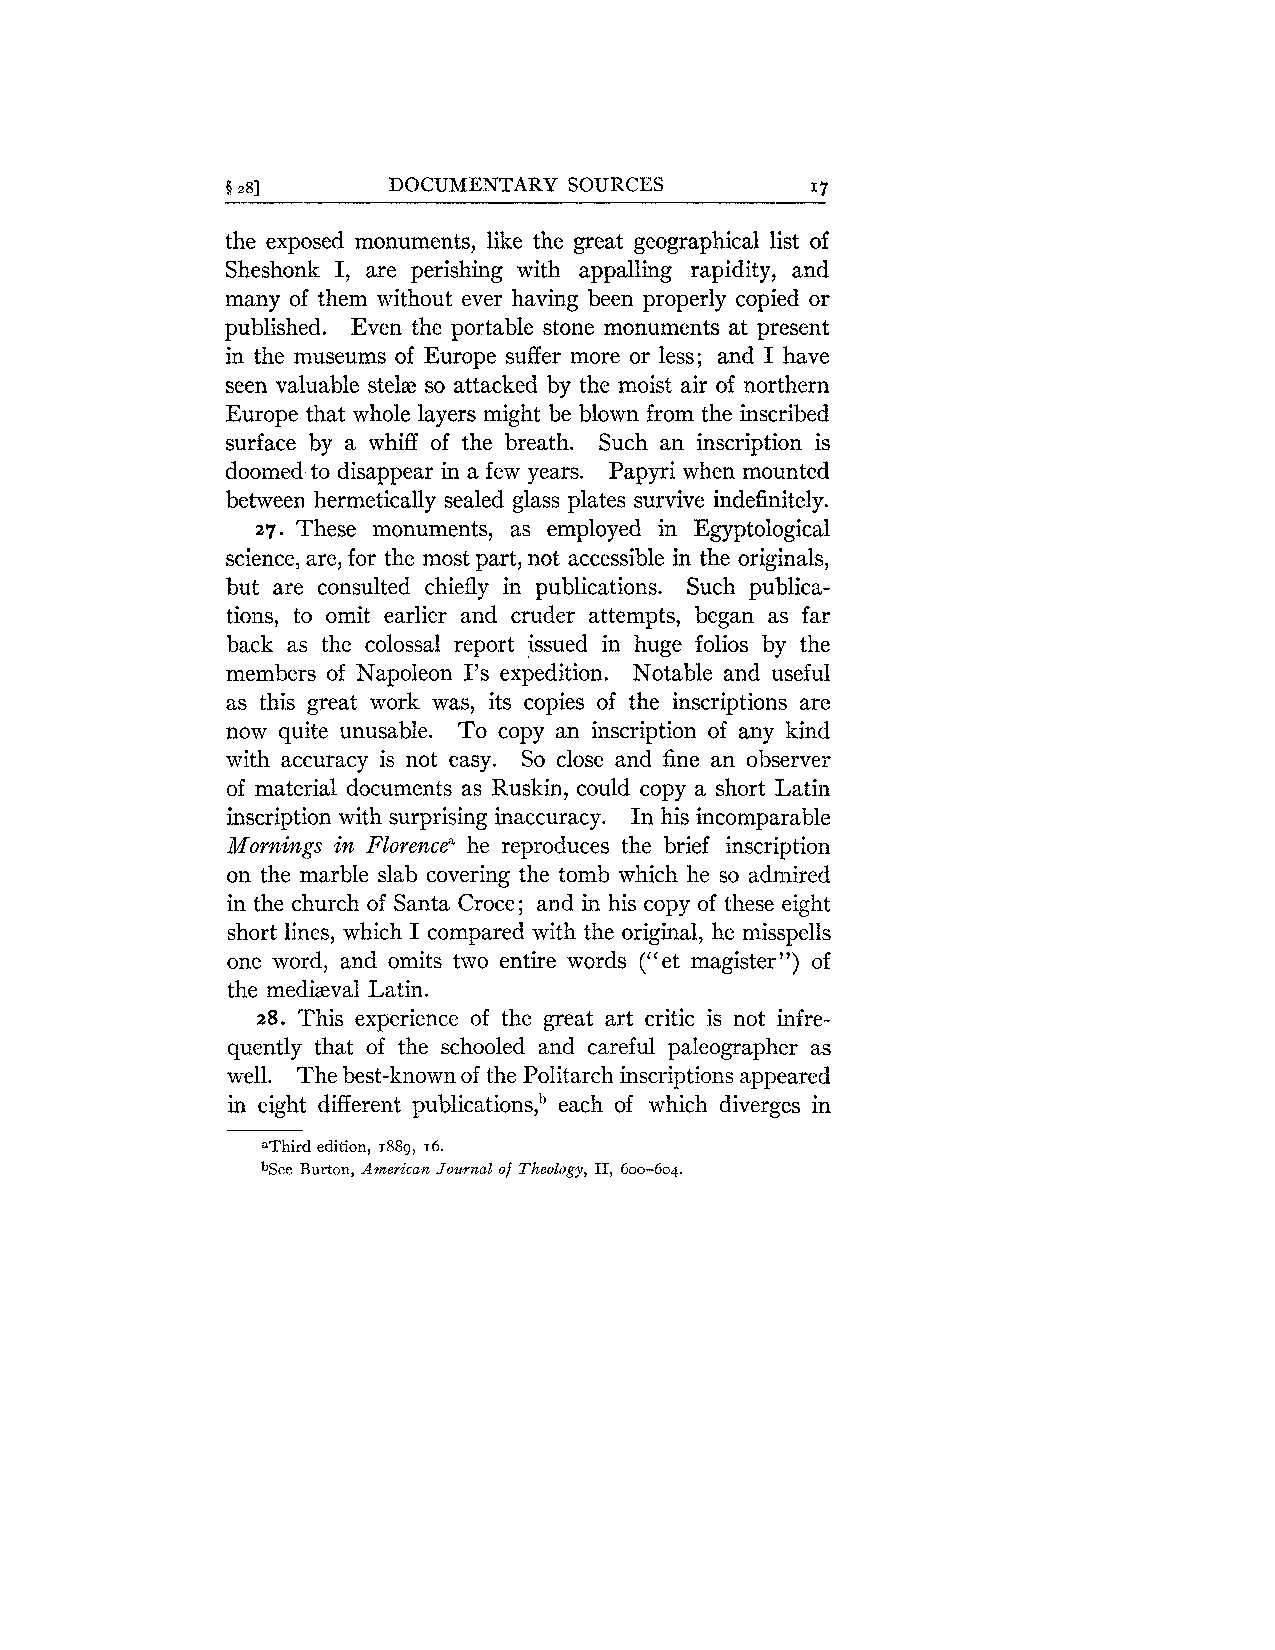
§ 283      DOCUMENTARY SOURCES         I7
 the exposed monuments, like the great geographical list of
 Sheshonk I, are perishing with appalling rapidity, and
 many of them without ever having been properly copied or
 published. Even the portable stone monuments at present
 in the museums of Europe suffer more or less; and I have
 seen valuable stelz so attacked by the moist air of northern
 Europe that whole layers might be blown from the inscribed
 surface by a whiff of the breath. Such an inscription is
 doomed to disappear in a few years. Papyri when mounted
 between hermetically sealed glass plates survive indefinitely.
 27. These monuments, as employed in Egyptological
 science, are, for the most part, not accessible in the originals,
 but are consulted chiefly in publications. Such publica-
 tions, to omit earlier and cruder attempts, began as far
 back as the colossal report issued in huge folios by the
 members of Napoleon 1's expedition. Notable and useful
 as this great work was, its copies of the inscriptions are
 now quite unusable. To copy an inscription of any kind
 with accuracy is not easy. So close and fine an observer
 of material documents as Ruskin, could copy a short Latin
 inscription with surprising inaccuracy. In his incomparable
 Mornings in Florencea he reproduces the brief inscription
 on the marble slab covering the tomb which he so admired
 in the church of Santa Croce; and in his copy of these eight
 short lines, which I compared with the original, he misspells
 one word, and omits two entire words ("et magister") of
 the medizeval Latin.
 28. This experience of the great art critic is not infre-
 quently that of the schooled and careful paleographer as
 well. The best-known of the Politarch inscriptions appeared
 in eight different publications,b each of which diverges in
 aThird edition, 1889, 16.
 bSee Burton, American Journal of Theology, 11, 600-604,